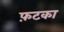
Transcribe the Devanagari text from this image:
फ़टका